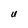
Character: U